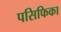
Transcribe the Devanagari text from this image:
पसिफिका